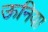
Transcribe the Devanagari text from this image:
ऊनिया